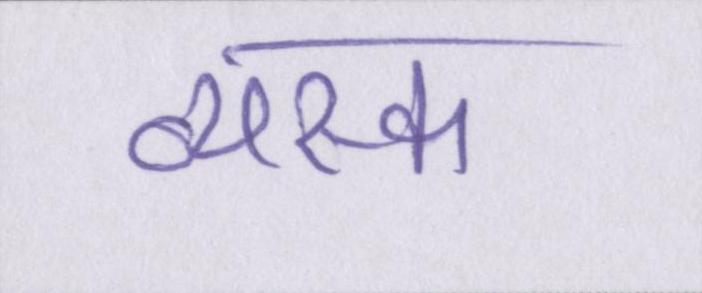
व्यस्क